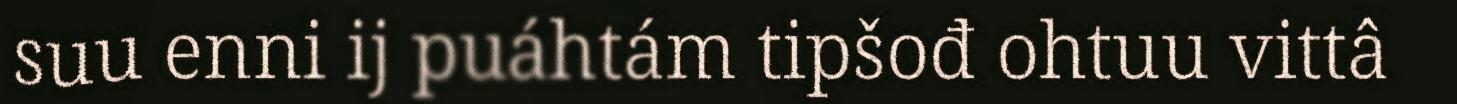
suu enni ij puáhtám tipšođ ohtuu vittâ